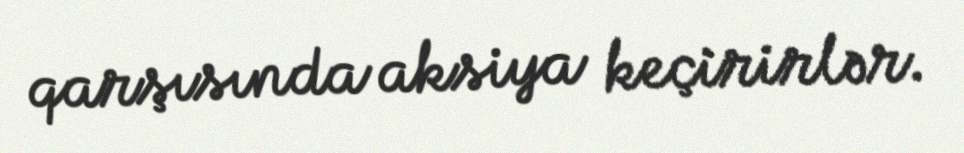
qarşısında aksiya keçirirlər.